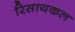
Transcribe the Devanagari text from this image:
रिसायकल